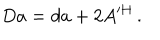
D a = d a + 2 A ^ { \prime H } \, .